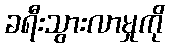
ခရီးသွားလာမှုကို